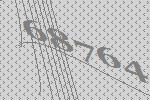
68764